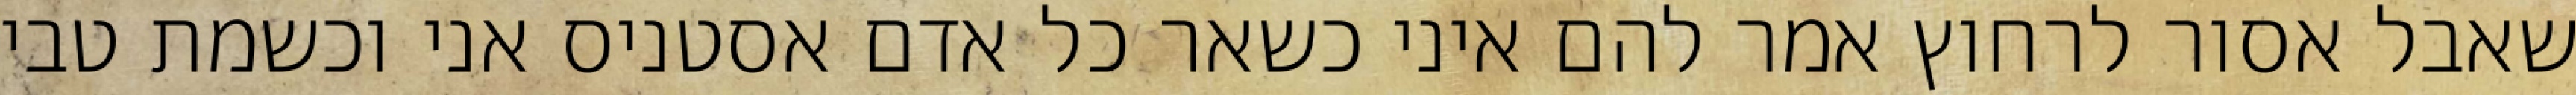
שאבל אסור לרחוץ אמר להם איני כשאר כל אדם אסטניס אני וכשמת טבי